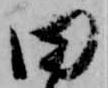
田